Burma Government Medical School reports 1907-22
Year: 1907
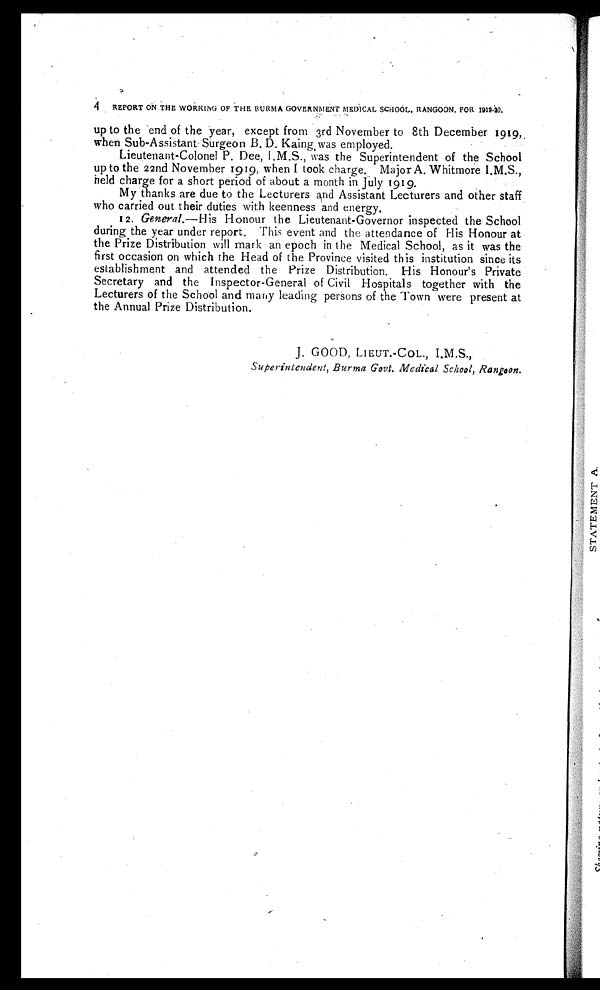
REPORT ON THE WORKING OF THE BURMA GOVERNMENT MEDICAL SCHOOL, RANGOON, FOR 1919-20.
up to the end of the year, except from 3rd November to 8th December 1919,
when Sub-Assistant Surgeon B. D. Kaing, was employed.
Lieutenant-Colonel P. Dee, I.M.S., was the Superintendent of the School
up to the 22nd November 1919, when I took charge. Major A. Whitmore I.M.S.,
held charge for a short period of about a month in July 1919.
My thanks are due to the Lecturers and Assistant Lecturers and other staff
who carried out their duties with keenness and energy.
12. General.—His Honour the Lieutenant-Governor inspected the School
during the year under report. This event and the attendance of His Honour at
the Prize Distribution will mark an epoch in the Medical School, as it was the
first occasion on which the Head of the Province visited this institution since its
establishment and attended the Prize Distribution. His Honour's Private
Secretary and the Inspector-General of Civil Hospitals together with the
Lecturers of the School and many leading persons of the Town were present at
the Annual Prize Distribution.
J. GOOD, LIEUT.-COL., I.M.S.,
S u p e r i n t e n d e n t ,
B u r m a G o v t . M e d i c a l S c h o o l , R a n g o o n .